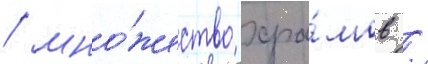
/ мно́жество хра́мов /